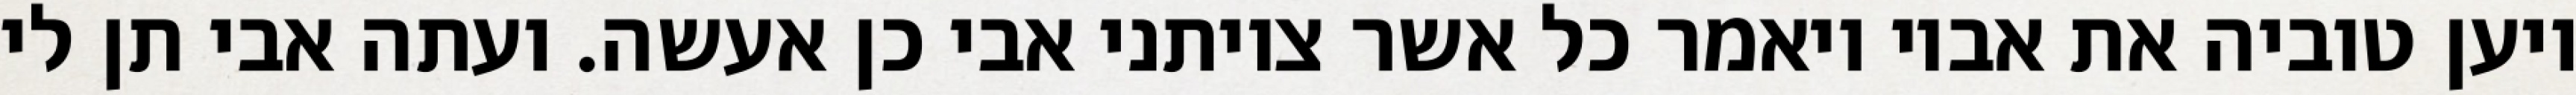
ויען טוביה את אביו ויאמר כל אשר צויתני אבי כן אעשה. ועתה אבי תן לי